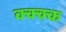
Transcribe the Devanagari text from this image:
क्क्क्क